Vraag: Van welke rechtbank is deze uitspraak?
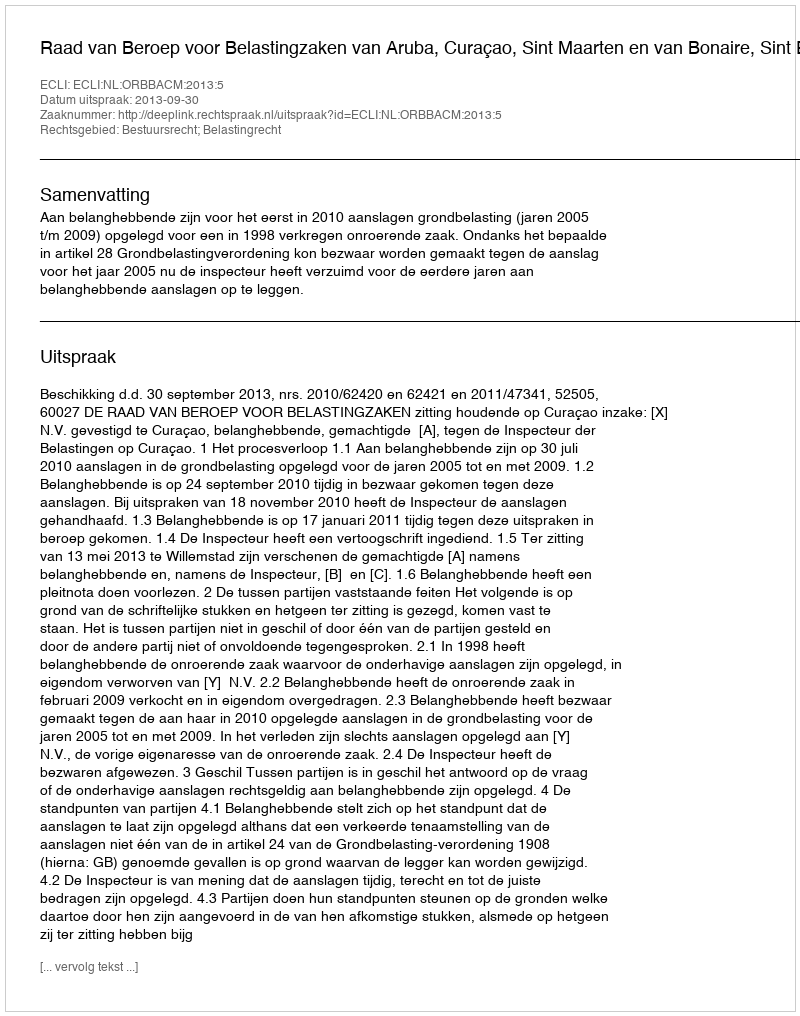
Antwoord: Raad van Beroep voor Belastingzaken van Aruba, Curaçao, Sint Maarten en van Bonaire, Sint Eustatius en Saba